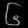
Digit: ၆